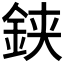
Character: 𨦇